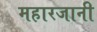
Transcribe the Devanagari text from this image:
महारजानी